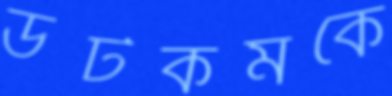
ডটকমকে